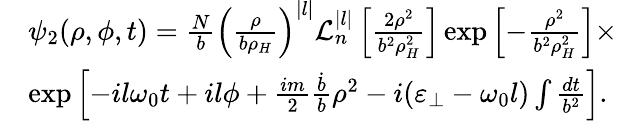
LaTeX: \begin{array}{rl}&{\psi_{2}(\rho,\phi,t)=\frac{N}{b}\left(\frac{\rho}{b\rho_{H}}\right)^{|l|}\mathcal{L}_{n}^{|l|}\left[\frac{2\rho^{2}}{b^{2}\rho_{H}^{2}}\right]\exp\left[-\frac{\rho^{2}}{b^{2}\rho_{H}^{2}}\right]\times}\\ &{\exp\left[-il\omega_{0}t+il\phi+{\frac{im}{2}\frac{\dot{b}}{b}\rho^{2}}-i(\varepsilon_{\perp}-\omega_{0}l)\int\frac{dt}{b^{2}}\right].}\end{array}